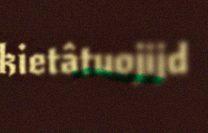
kietâtuojijd